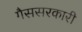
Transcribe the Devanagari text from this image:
गैससरकारी